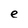
Character: e